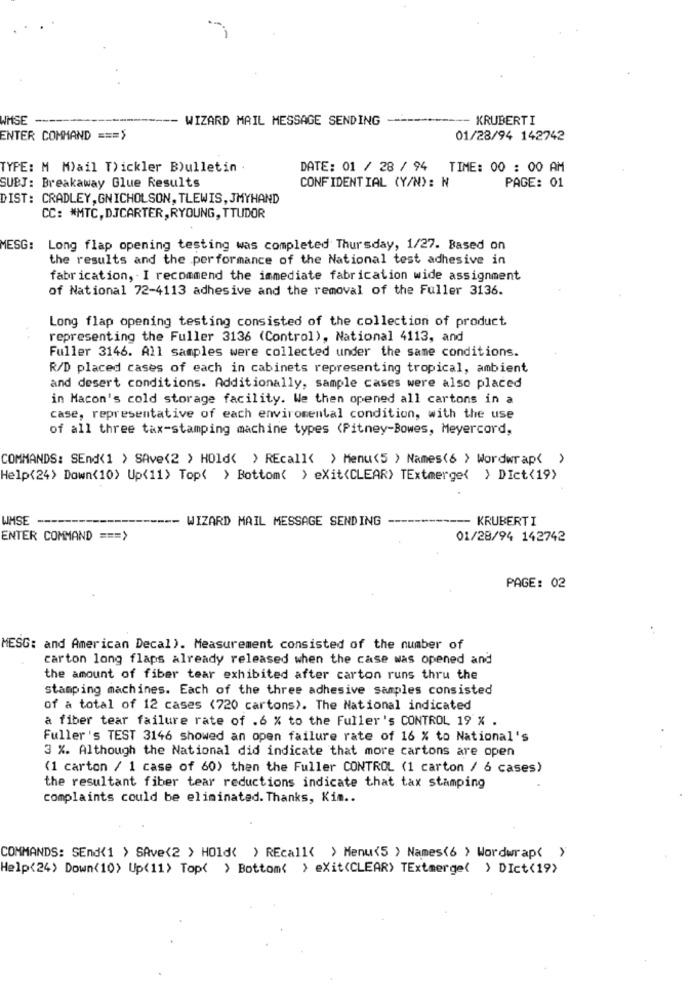
WHSE
WIZARD MAIL MESSAGE SENDING
-- KRUBERTI
ENTER COMMAND === >
01/28/94 142742
TYPE: M Mail T) ickler Bulletin
DATE: 01 / 28 / 94 TIME: 00 : 00 AM
SUBJ: Breakaway Glue Results
CONFIDENTIAL (Y/N) : N
PAGE: 01
DIST: CRADLEY, GNICHOLSON, TLEWIS, JMYHAND
CC: * MTC, DJCARTER,RYOUNG, TTUDOR
MESG:
Long flap opening testing was completed Thursday, 1/27. Based on
the results and the performance of the National test adhesive in
fabrication, . I recommend the immediate fabrication wide assignment
of National 72-4113 adhesive and the removal of the Fuller 3136.
Long flap opening testing consisted of the collection of product
representing the Fuller 3136 (Control), National 4113, and
Fuller 3146. All samples were collected under the same conditions.
R/D placed cases of each in cabinets representing tropical, ambient
and desert conditions. Additionally, sample cases were also placed
in Macon's cold storage facility. We then opened all cartons in a
case, representative of each enviromental condition, with the use
of all three tax-stamping machine types <Pitney-Bowes, Meyercord,
COMMANDS: SEnd(1 > SAve<2 > Hold< > REcall< > Menu(5 ) Names(6 > Wordwrap< >
Help(24> Down(10> Up<11> Top( > Bottom( > exit(CLEAR> TExtmerge{ } Dict<19>
WMSE
WIZARD MAIL MESSAGE SENDING
KRUBERTI
ENTER COMMAND === >
01/28/94 142742
PAGE: 02
MESG: and American Decal). Measurement consisted of the number of
carton long flaps already released when the case was opened and
the amount of fiber tear exhibited after carton runs thru the
stamping machines. Each of the three adhesive samples consisted
of a total of 12 cases (720 cartons). The National indicated
a fiber tear failure rate of .6 % to the Fuller's CONTROL 19 % .
Fuller's TEST 3146 showed an open failure rate of 16 % to National's
3 %. Although the National did indicate that more cartons are open
(1 carton / 1 case of 60) then the Fuller CONTROL (1 carton / 6 cases)
the resultant fiber tear reductions indicate that tax stamping
complaints could be eliminated. Thanks, Kim ..
COMMANDS: SEnd(1 > SAve<2 > HOld( > REcall< > Menu<5 > Names(6 ) Wordwrap< >
Help<24> Down(10> Up(11> Top( > Bottom< > exit(CLEAR) TExtmerge( ) DIct(19>